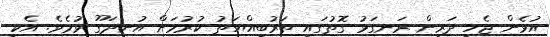
އުޅެން ޖެހި ދަރިން ރަނގަޅު ގޮތުގައި ތަރުބިއްޔަތު ކުރުމަށް އުނދަގޫ ވުމެވެ. އެކި